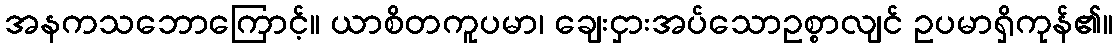
အနကသဘောကြောင့်။ ယာစိတကူပမာ၊ ချေးငှားအပ်သောဥစ္စာလျင် ဥပမာရှိကုန်၏။